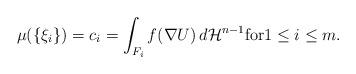
LaTeX: \begin{align*} \mu ( \{\xi_i\} ) = c_i = \int_{F_i} f(\nabla U ) \, d\mathcal{H}^{n-1} \mbox{for} 1 \leq i \leq m.\end{align*}